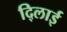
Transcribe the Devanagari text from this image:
दि्लाई